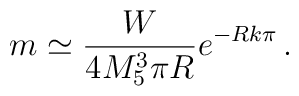
m \simeq \frac{W}{4 M_{5}^{3} \pi R} e^{-Rk\pi}\, .